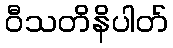
ဝီသတိနိပါတ်